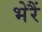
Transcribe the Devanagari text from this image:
भेरैं